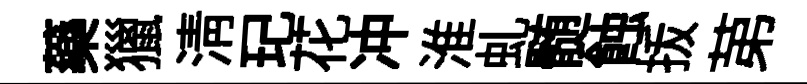
藥獵清玘花冲淮虬髄蝕㧞苐